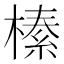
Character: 𭫦